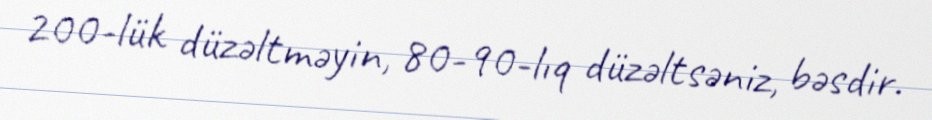
200-lük düzəltməyin, 80-90-lıq düzəltsəniz, bəsdir.